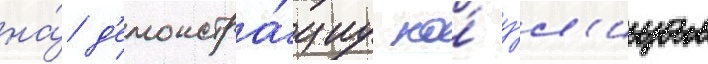
на́ д'емонстра́циу по́ у́л'ицам